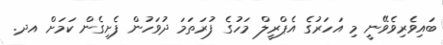
ބައިވެރިވެވޭނީ މި އަހަރުގެ އެޕްރީލް މަހުގެ ފުރަތަމަ ދުވަހުން ފެށިގެން ކަމަށް އދ.